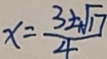
x = \frac { 3 \pm \sqrt { 1 7 } } { 4 }